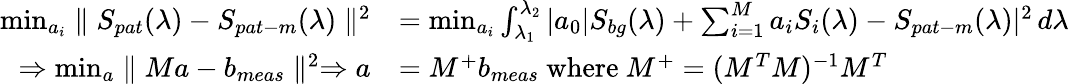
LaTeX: \begin{array}{rl}{\operatorname*{min}_{a_{i}}\parallel S_{pat}(\lambda)-S_{pat-m}(\lambda)\parallel^{2}}&{=\operatorname*{min}_{a_{i}}\int_{\lambda_{1}}^{\lambda_{2}}|a_{0}|S_{bg}(\lambda)+\sum_{i=1}^{M}a_{i}S_{i}(\lambda)-S_{pat-m}(\lambda)|^{2}\, d\lambda}\\ {\Rightarrow\operatorname*{min}_{a}\parallel Ma-b_{meas}\parallel^{2}\Rightarrow a}&{=M^{+}b_{meas}\mathrm{~where~}M^{+}=(M^{T}M)^{-1}M^{T}}\end{array}